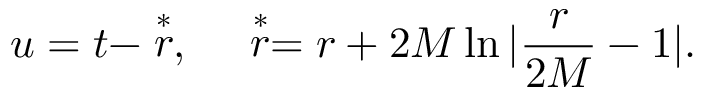
u = t - \stackrel { * } { r } , ~ ~ ~ ~ \stackrel { * } { r } = r + 2 M \ln | \frac { r } { 2 M } - 1 | .